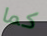
كما